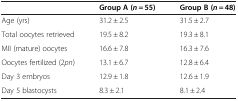
|  | Group A (n = 55) | Group B (n = 48) |
 | --- | --- | --- |
 | Age (yrs) | 31.2 ± 2.5 | 31.5 ± 2.7 |
 | Total oocytes retrieved | 19.5 ± 8.2 | 19.3 ± 8.1 |
 | MII (mature) oocytes | 16.6 ± 7.8 | 16.3 ± 7.6 |
 | Oocytes fertilized (2pn) | 13.1 ± 6.7 | 12.8 ± 6.4 |
 | Day 3 embryos | 12.9 ± 1.8 | 12.6 ± 1.9 |
 | Day 5 blastocysts | 8.3 ± 2.1 | 8.1 ± 2.4 |